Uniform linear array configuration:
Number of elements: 24
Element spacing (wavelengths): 0.75
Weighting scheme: cosine
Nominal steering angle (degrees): -15
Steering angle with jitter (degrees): -15.611
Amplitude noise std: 0.05
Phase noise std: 0.05

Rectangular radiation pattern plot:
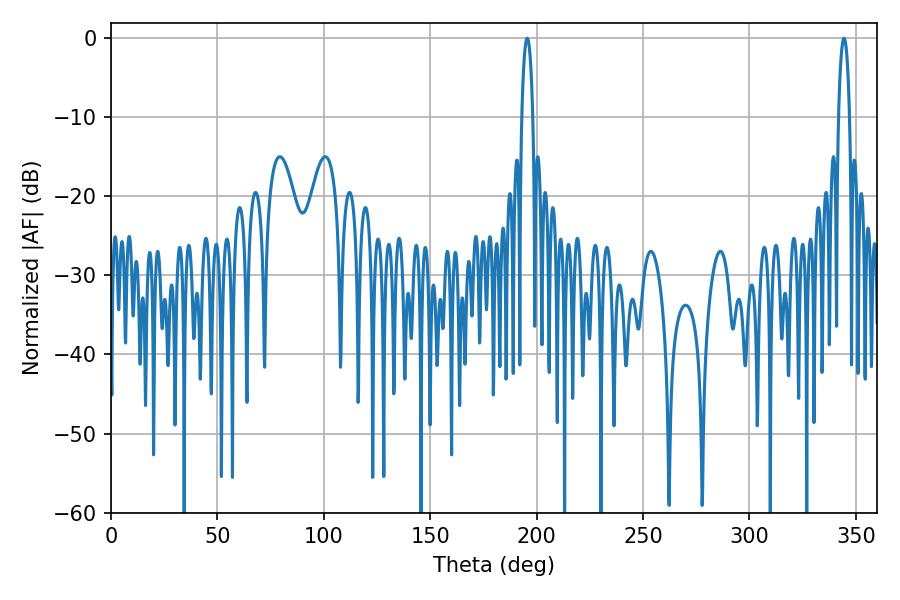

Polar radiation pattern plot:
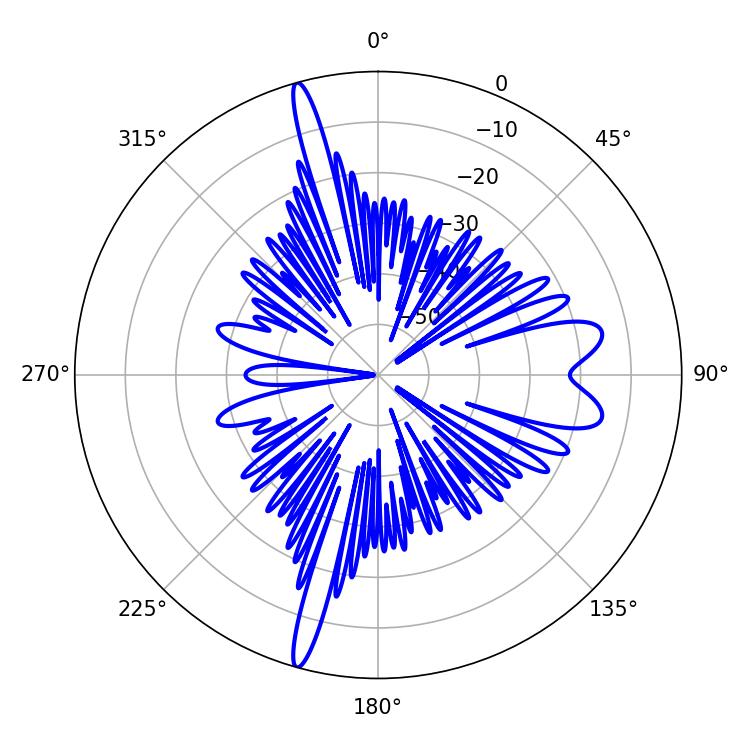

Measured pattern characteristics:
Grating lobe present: TRUE
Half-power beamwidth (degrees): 3.06
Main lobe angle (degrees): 195.66